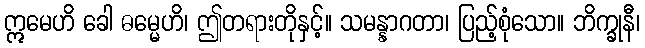
ဣမေဟိ ခေါ ဓမ္မေဟိ၊ ဤတရားတိုနှင့်။ သမန္နာဂတာ၊ ပြည့်စုံသော။ ဘိက္ခုနီ၊